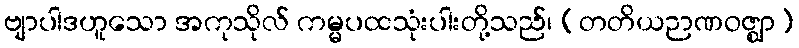
ဗျာပါဒဟူသော အကုသိုလ် ကမ္မပထသုံးပါးတို့သည်၊ (တတိယဉာဏဝဇ္ဈာ)